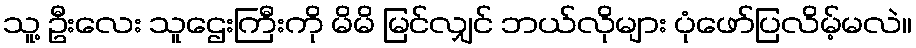
သူ့ ဦးလေး သူဌေးကြီးကို မိမိ မြင်လျှင် ဘယ်လိုများ ပုံဖော်ပြလိမ့်မလဲ။